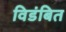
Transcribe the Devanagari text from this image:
विडंबित